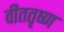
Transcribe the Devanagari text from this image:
वीततृष्ण